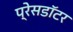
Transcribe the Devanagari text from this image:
प्रेसडॉटर